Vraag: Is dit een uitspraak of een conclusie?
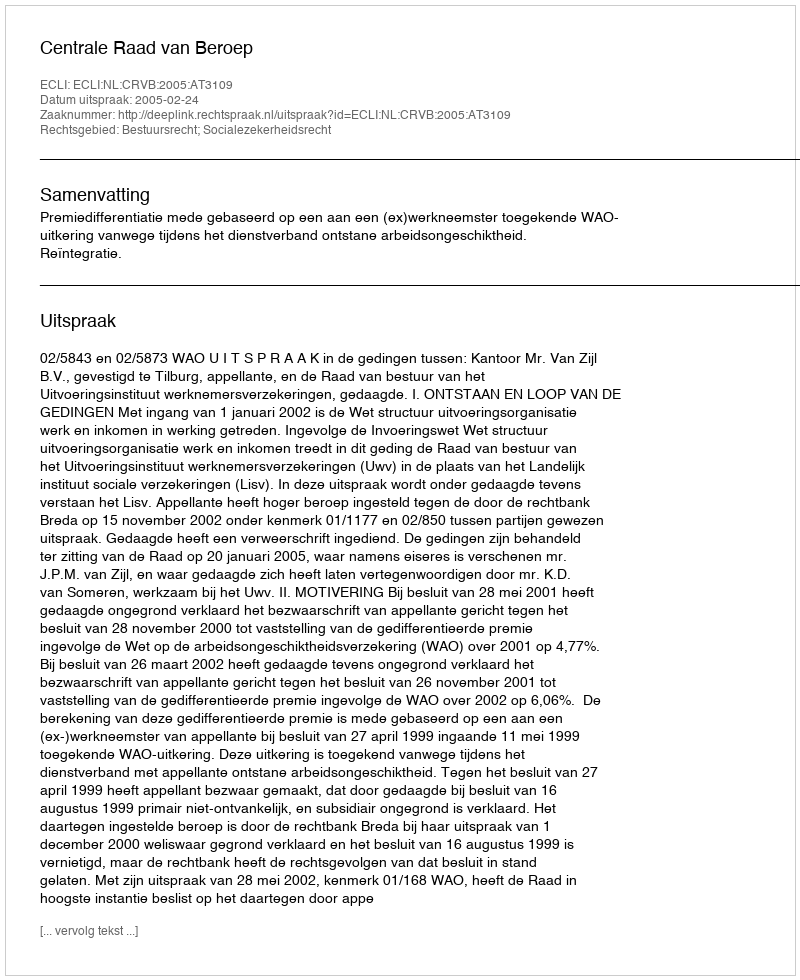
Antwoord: Uitspraak